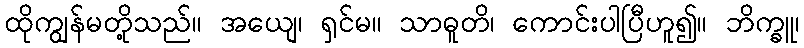
ထိုကျွန်မတို့သည်။ အယျေ၊ ရှင်မ။ သာဓူတိ၊ ကောင်းပါပြီဟူ၍။ ဘိက္ခူ၊